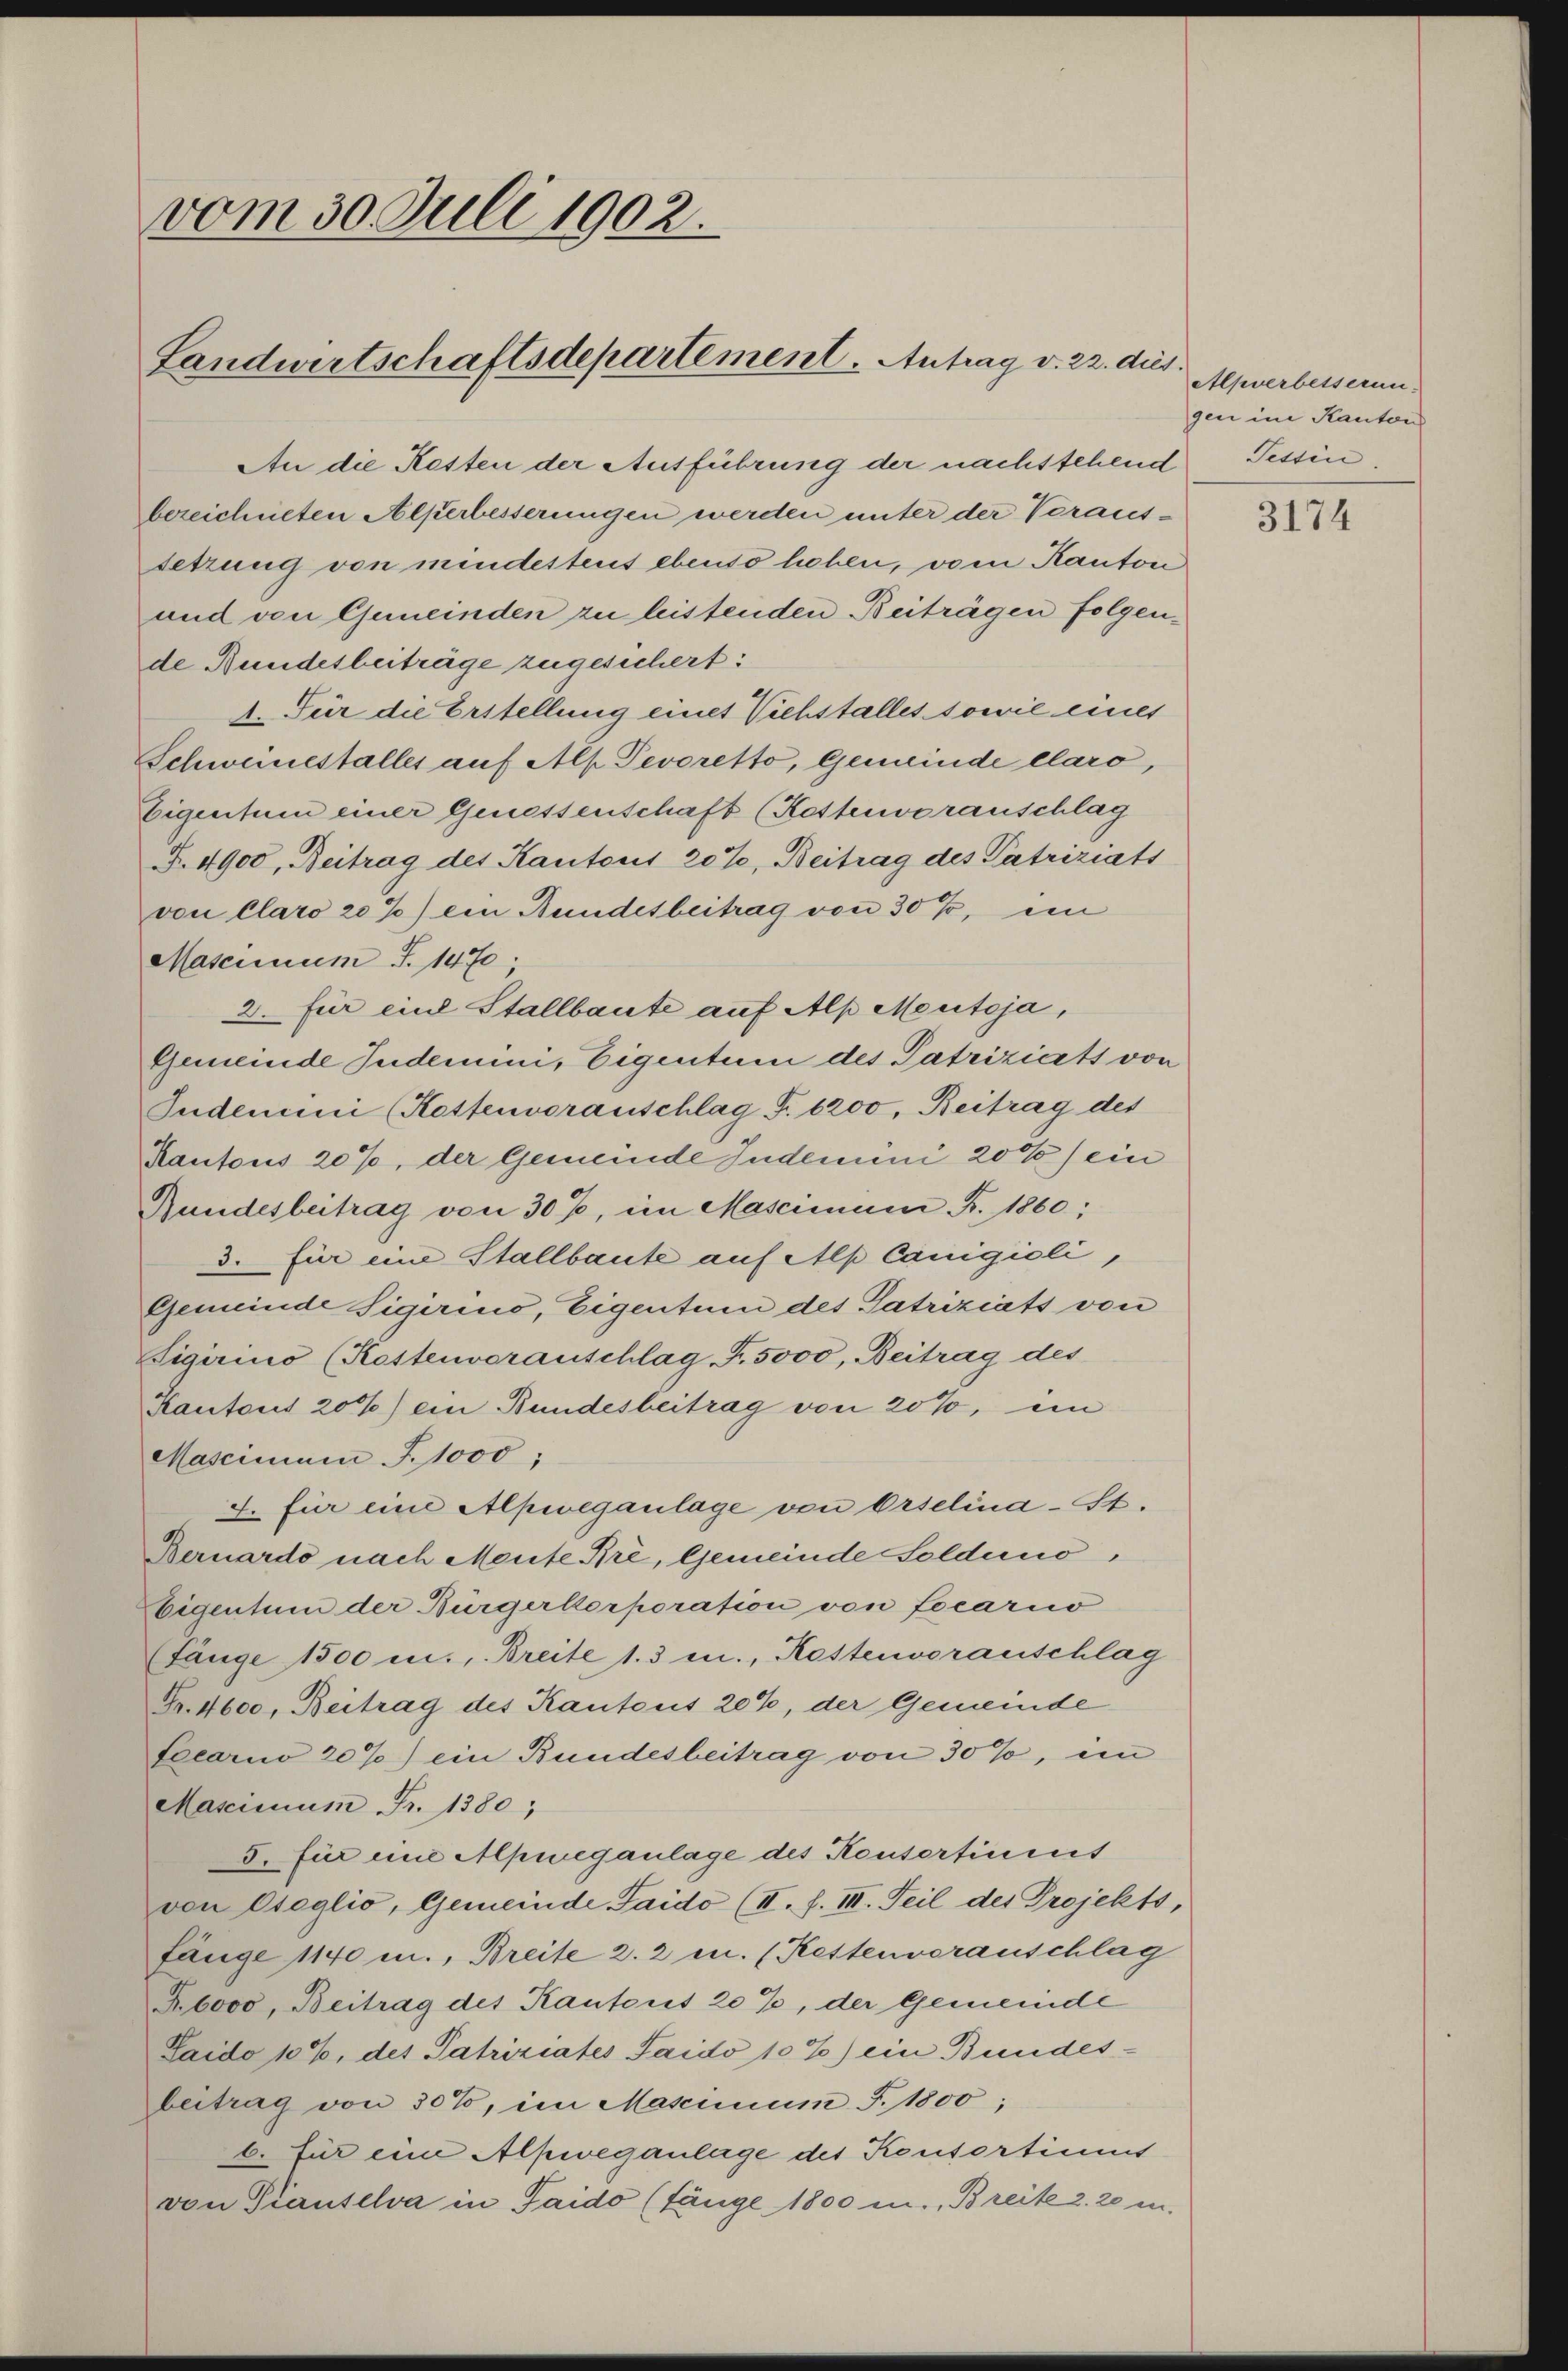
vom 30. Juli 1902.
Landwirtschaftsdepartement. Antrag v. 22. dies

An die Resten der Ausführung der nachstehend Tessin
bereichneten Alperbesserungen werden unter der Veraus-
tetrung von mindestens ebenso heben, vom Kanton
und von Gemeinden zu leistenden Beiträgen folgende Bundesbeiträge zugesichert:
1. Für die Erstellung eines Viehstalles sowie eines
Schweinestalles auf Alp Pevoretto, Gemeinde elaro,
Eigentum einer Genessenschaft (Kettenvoranschlag
F. 4900, Beitrag des Kantons 20%, Beitrag des Patriziats
von Claro 20 %) ein Bundesbeitrag von 30%, ein
Mascinium S. 1470
2. für eine Stallbaute auf Alp Mentoja,
Gemeinde Judemini, Eigentum des Patriziats von
Indemini (Rettenvoranschlag F. 1200, Beitrag des
Kantons 20%, der Gemeinde Indemini 20%) ein
Gundesbeitrag von 30%, im Mascimum Fr. 1860;
3. für eine Stallbaute auf Alp Cangioli,
Gemeinde Sigerino, Eigentum des Patriziats von
Sigirino (Kostenvoranschlag Fr. 5000, Beitrag des
Kantons 20%) ein Bundesbeitrag von 20%, ein
Mascimum J. 1000,
4. für eine Alpweganlage von Orselina-St.
Bernardo nach Mente Bre, Gemeinde Soldeno,
Eigentum der Bürgerkorporation von Locario
Länge 1500 m., Breite 1.3 m., Kostenvorauschlag
Fr. 4600, Beitrag des Kantons 20%, der Gemeinde
Lecarno 20%) ein Bundesbeitrag von 30%, im
Mascinum Fr. 1380;
5. für eine Apweganlage des Konsortinis
von Osaglio, Gemeinde Saido (II. f. III. Teil des Projekts,
fänge 1140 m., Breite 2. 2 u. (Rettenvoranschlag
R.6000, Beitrag des Kantonis 20%, der Gemeinde
Laido 10%, des Patriziates Jaidó 10%) ein Bundes-
beitrag von 30%, im Mascinum J. 1800;
b. für eine Alpweganlage des Konsortimnis
von Piantelva in Taido (Länge 1800 m., Breite 2. 20 in

Alpverbesserun
gen im Kanton

3174